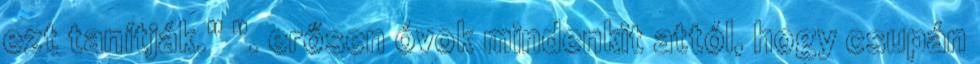
ezt tanítják." ". erősen óvok mindenkit attól, hogy csupán